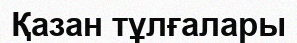
Қазан тұлғалары